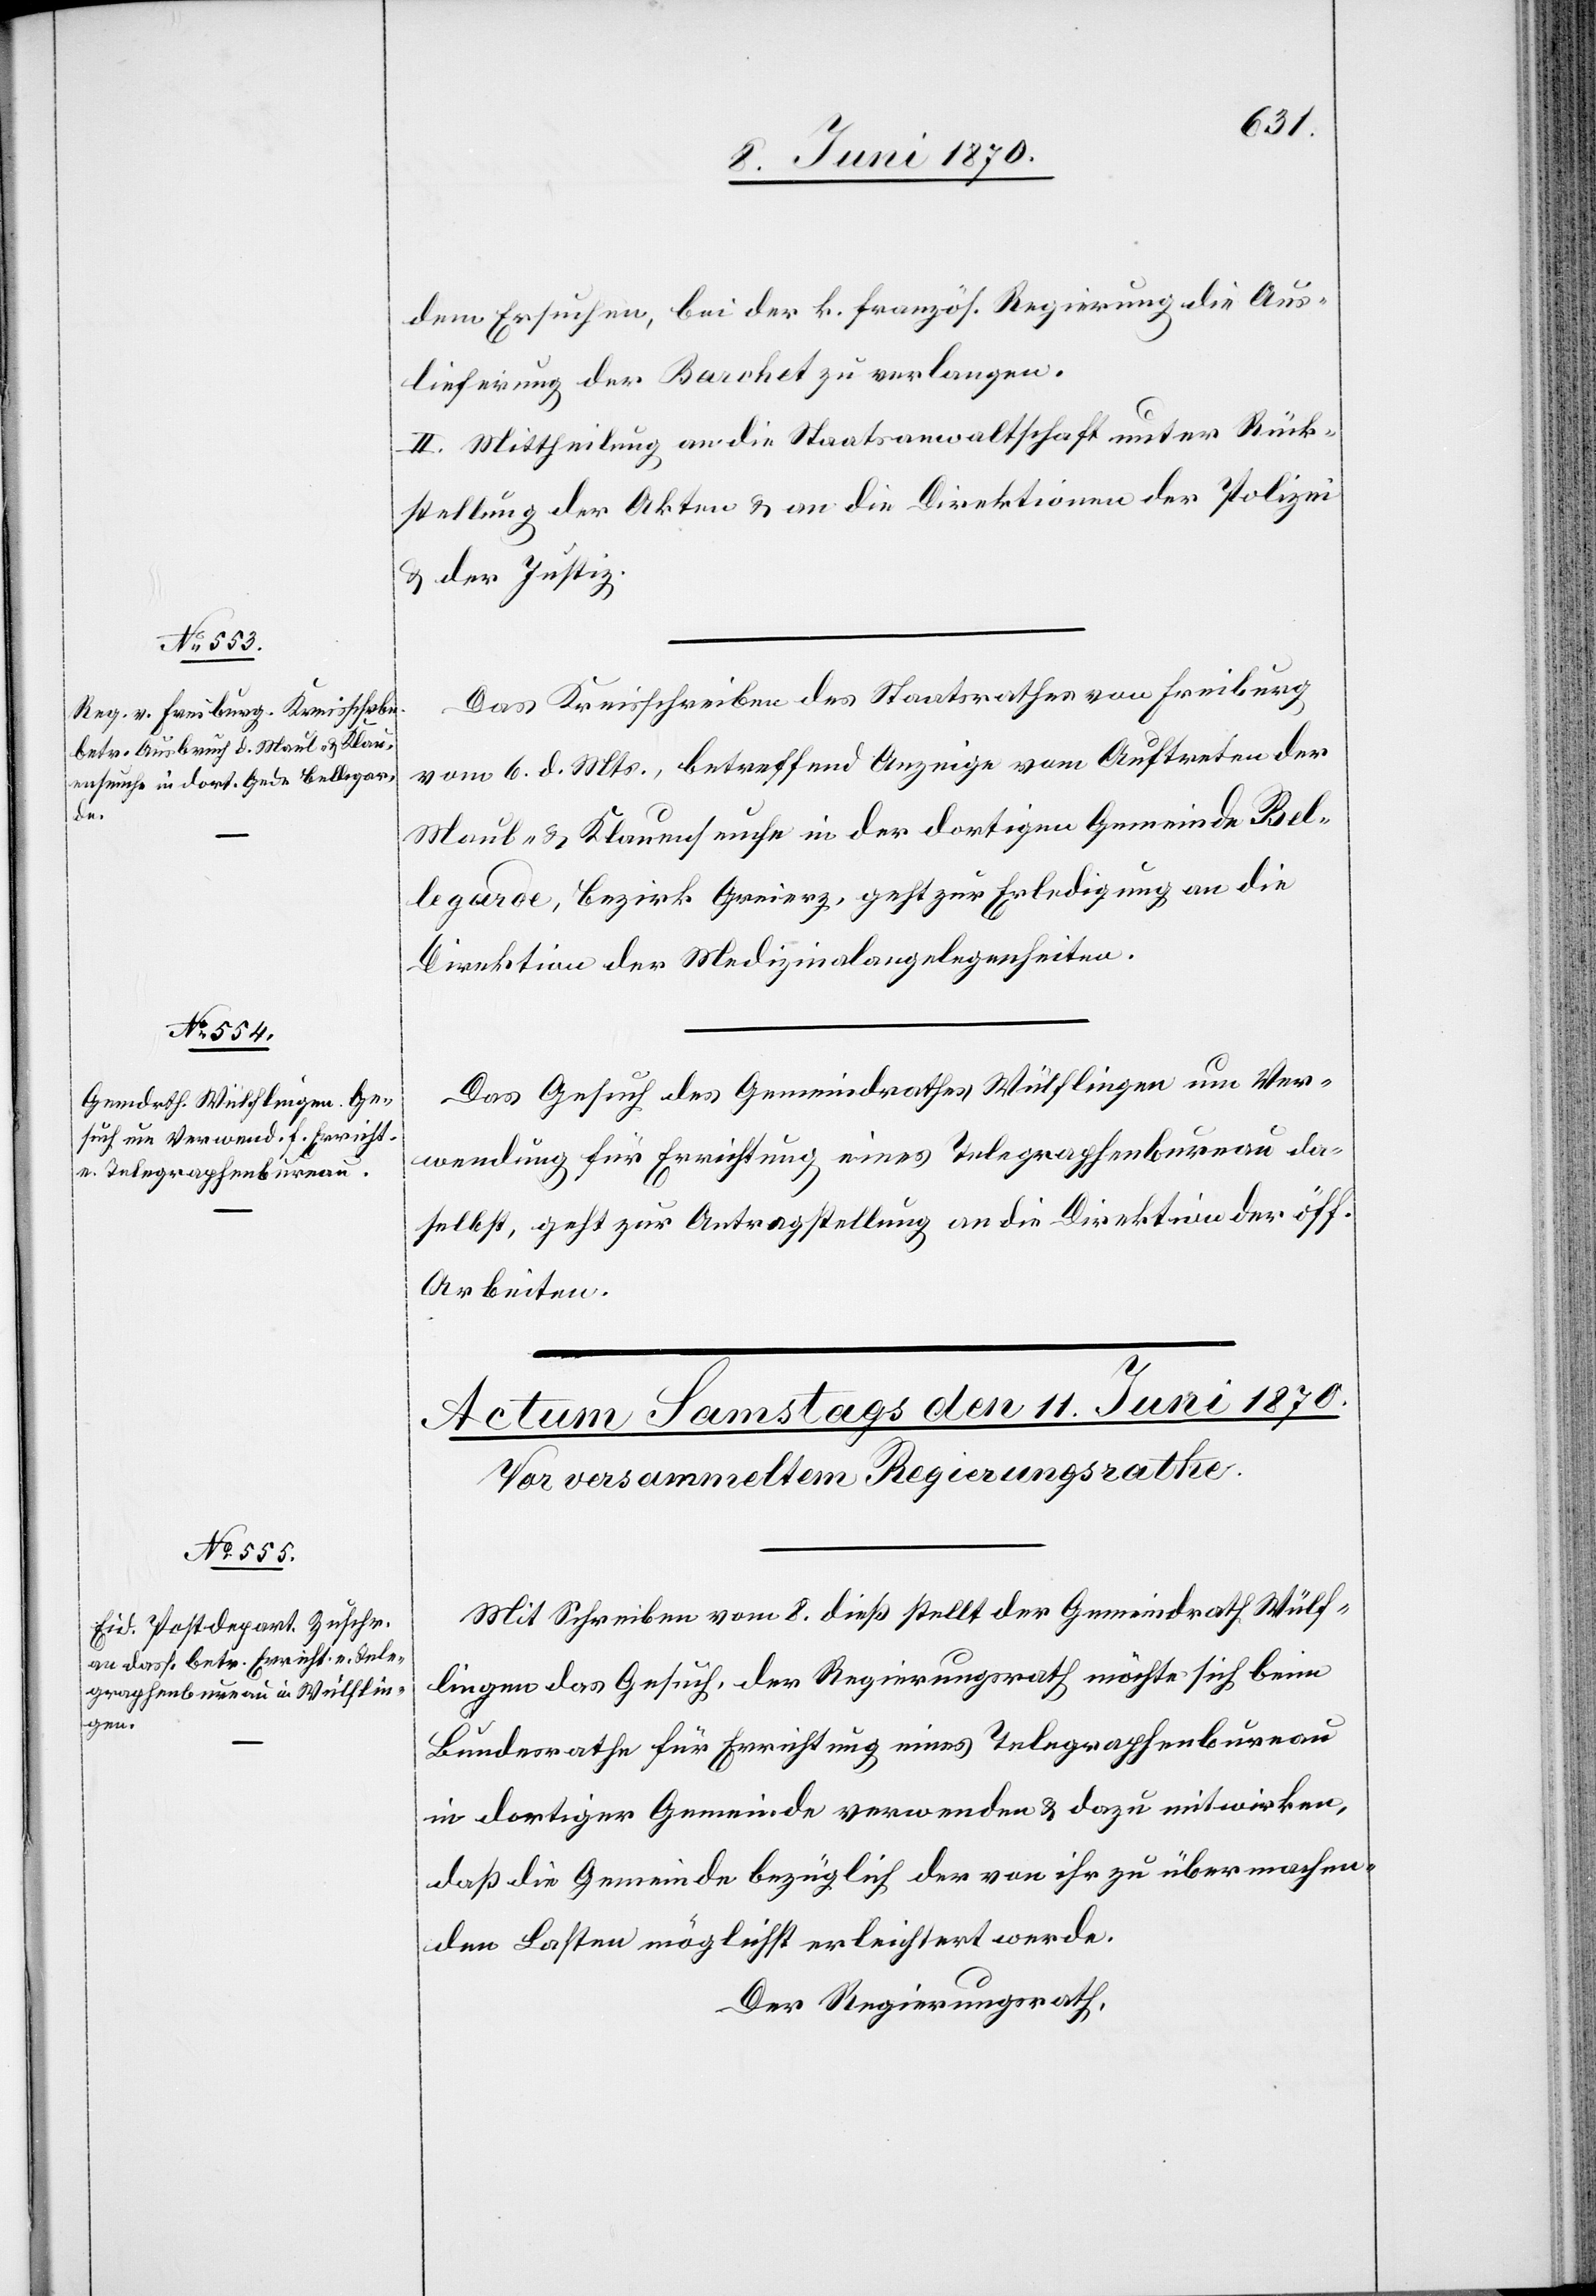
8. Juni 1870.]
dem Ersuchen, bei der k. französ. Regierung die Aus¬
lieferung der Barchet zu verlangen.
II. Mittheilung an die Staatsanwaltschaft unter Rück¬
stellung der Akten & an die Direktionen der Polizei
& der Justiz.
Das Kreisschreiben des Staatsrathes von Freiburg
vom 6. d. Mts., betreffend Anzeige vom Auftreten der
Maul- & Klauenseuche in der dortigen Gemeinde Bel¬
legarde, Bezirk Greierz, geht zur Erledigung an die
Direktion der Medizinalangelegenheiten.
Das Gesuch des Gemeindrathes Wülflingen um Ver¬
wendung für Errichtung eines Telegraphenbureau da¬
selbst, geht zur Antragstellung an die Direktion der öff.
Arbeiten.
Mit Schreiben vom 8. dieß stellt der Gemeindrath Wülf¬
lingen das Gesuch, der Regierungsrath möchte sich beim
Bundesrathe für Errichtung eines Telegraphenbureau
in dortiger Gemeinde verwenden & dazu mitwirken,
daß die Gemeinde bezüglich der von ihr zu übermachen¬
den Lasten möglichst erleichtert werde.
Der Regierungsrath,